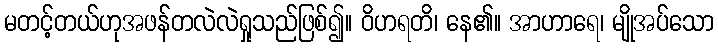
မတင့်တယ်ဟုအဖန်တလဲလဲရှုသည်ဖြစ်၍။ ဝိဟရတိ၊ နေ၏။ အာဟာရေ၊ မျိုအပ်သော